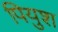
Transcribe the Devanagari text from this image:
पियुश